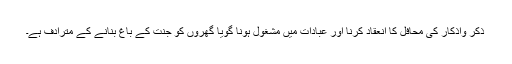
ذکر واذکار کی محافل کا انعقاد کرنا اور عبادات میں مشغول ہونا گویا گھروں کو جنت کے باغ بنانے کے مترادف ہے۔